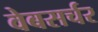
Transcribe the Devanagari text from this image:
वेबसर्चर